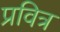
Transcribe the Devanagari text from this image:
प्रवित्र